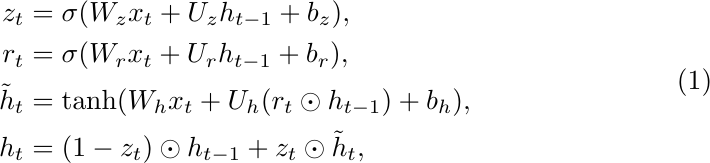
\begin{equation}\label{eq:GRU}
\begin{aligned}
z_t &= \sigma(W_z x_t + U_z h_{t-1} + b_z), \\
r_t &= \sigma(W_r x_t + U_r h_{t-1} + b_r), \\
\tilde{h}_t &= \tanh(W_h x_t + U_h (r_t \odot h_{t-1}) + b_h), \\
h_t &= (1 - z_t) \odot h_{t-1} + z_t \odot \tilde{h}_t,
\end{aligned}
\end{equation}